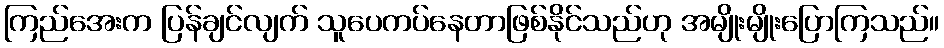
ကြည်အေးက ပြန်ချင်လျက် သူပေကပ်နေတာဖြစ်နိုင်သည်ဟု အမျိုးမျိုးပြောကြသည်။